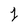
Character: 1